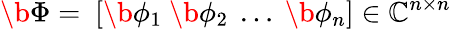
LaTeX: \b{\Phi}=\ [\b{\phi}_{1}\ \b{\phi}_{2}\ \dotsc\ \b{\phi}_{n}]\in\mathbb{C}^{n\times n}